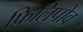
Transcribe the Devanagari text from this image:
फ़िलिपोव